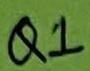
Text: Q1